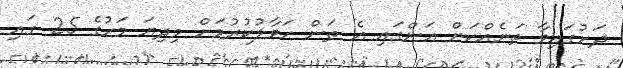
ދަށުގައިވާ ތަނެއްކަން އަންގައި އެ ތަން ހަވާލުކުރުމަށް މިދިޔަ މަހުގެ 25 ގައި